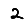
Digit: 2